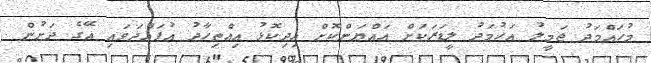
މުހައްމަދު ޖަމީލު އަހުމަދު ލީޑަރަކަށް އައްޔަންކޮށް އިދިކޮޅު އިއްތިހާދު އުފައްދަވައި އޭގެ ދަށުން